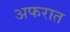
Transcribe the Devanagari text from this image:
अफरात